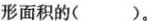
形面积的()。